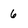
Character: 6